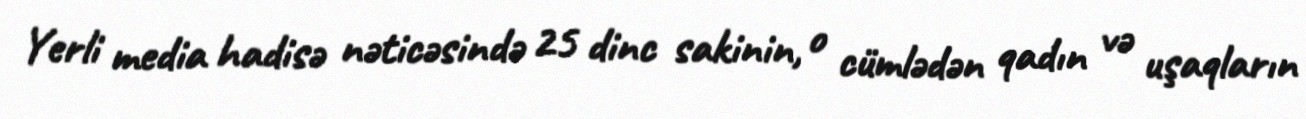
Yerli media hadisə nəticəsində 25 dinc sakinin, o cümlədən qadın və uşaqların